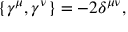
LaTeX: \{ \gamma ^ { \mu } , \gamma ^ { \nu } \} = - 2 \delta ^ { \mu \nu } ,